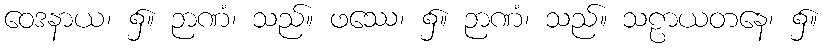
ဝေဒနာယ၊ ၌။ ဉာဏံ၊ သည်။ ဖဿေ၊ ၌။ ဉာဏံ၊ သည်။ သဠာယတနေ၊ ၌။